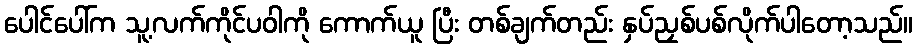
ပေါင်ပေါ်က သူ့လက်ကိုင်ပဝါကို ကောက်ယူ ပြီး တစ်ချက်တည်း နှပ်ညှစ်ပစ်လိုက်ပါတော့သည်။